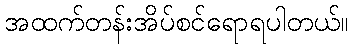
အထက်တန်းအိပ်စင်ရောရပါတယ်။